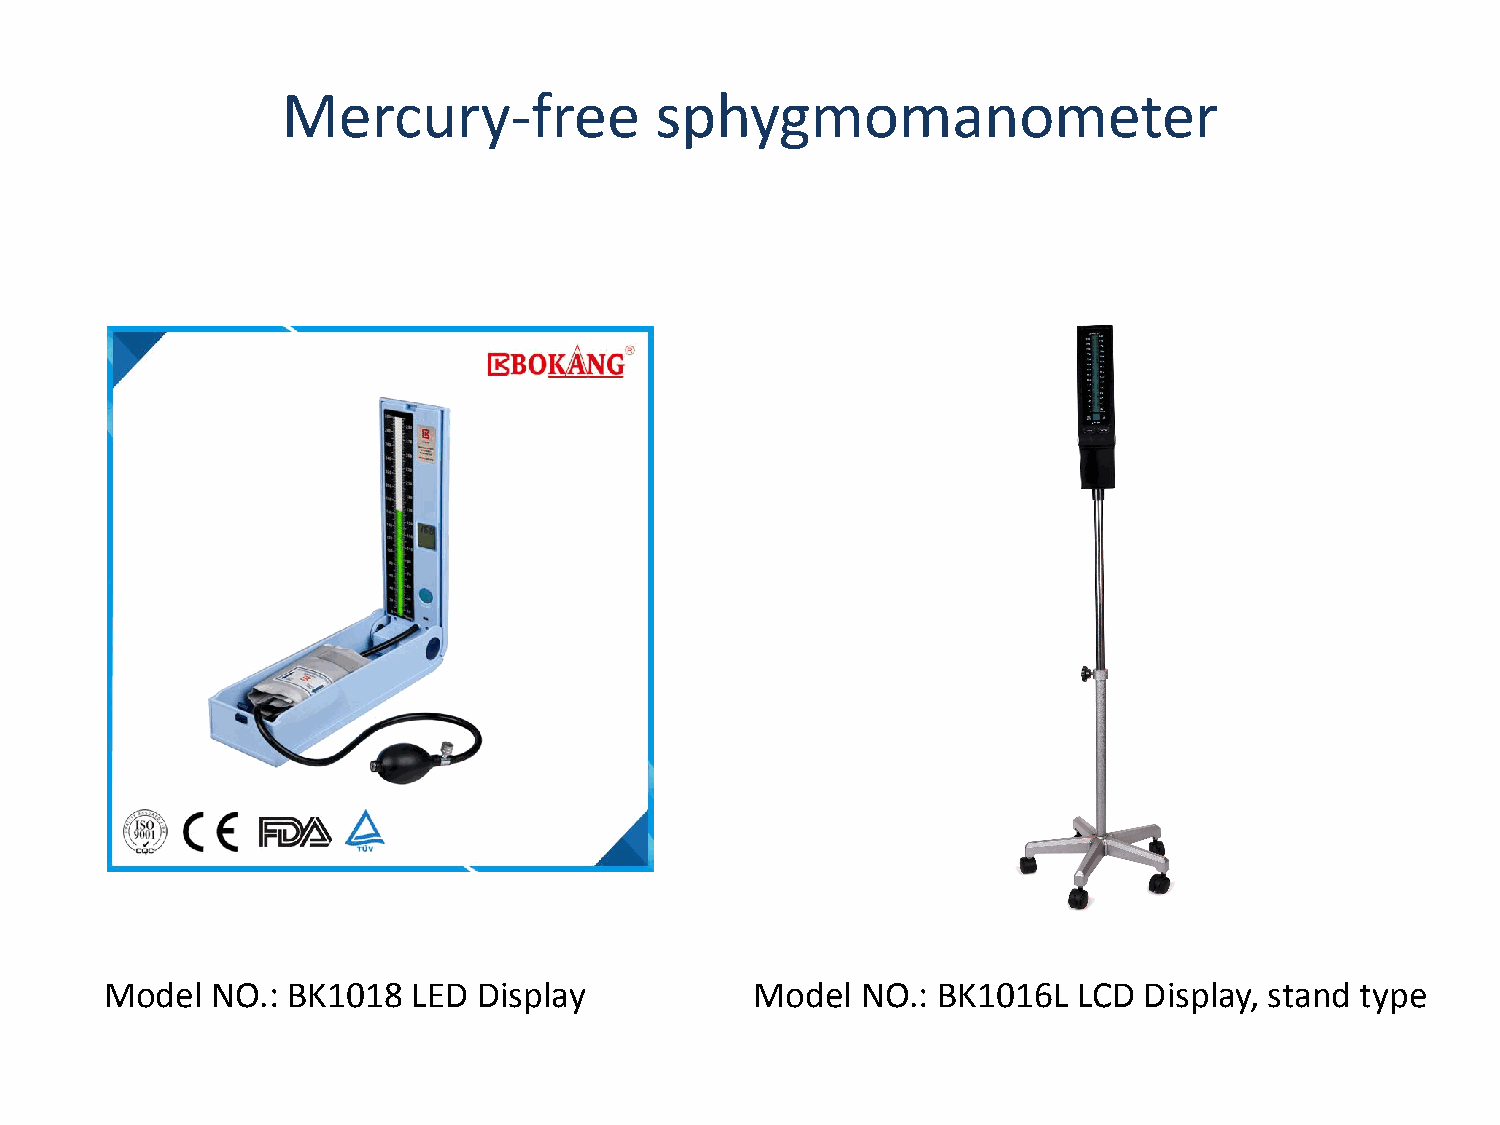
Mercury-free            sphygmomanometer
 Model  NO.: BK1018  LED  Display           Model  NO.: BK1016L  LCD  Display, stand type